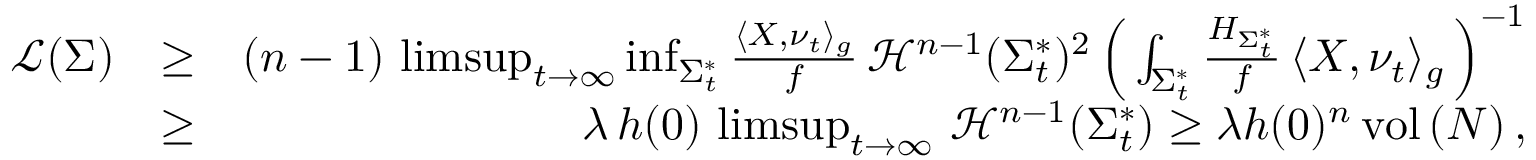
\begin{array} { r l r } { \mathcal { L } ( \Sigma ) } & { \ge } & { ( n - 1 ) \, \operatorname* { l i m s u p } _ { t \to \infty } \operatorname* { i n f } _ { \Sigma _ { t } ^ { * } } \frac { \langle X , \nu _ { t } \rangle _ { g } } f \, \mathcal { H } ^ { n - 1 } ( \Sigma _ { t } ^ { * } ) ^ { 2 } \, \Big ( \int _ { \Sigma _ { t } ^ { * } } \frac { H _ { \Sigma _ { t } ^ { * } } } { f } \, \langle X , \nu _ { t } \rangle _ { g } \, \Big ) ^ { - 1 } } \\ & { \ge } & { \lambda \, h ( 0 ) \, \operatorname* { l i m s u p } _ { t \to \infty } \, \mathcal { H } ^ { n - 1 } ( \Sigma _ { t } ^ { * } ) \ge \lambda h ( 0 ) ^ { n } \, \mathrm { v o l } \, ( N ) \, , } \end{array}